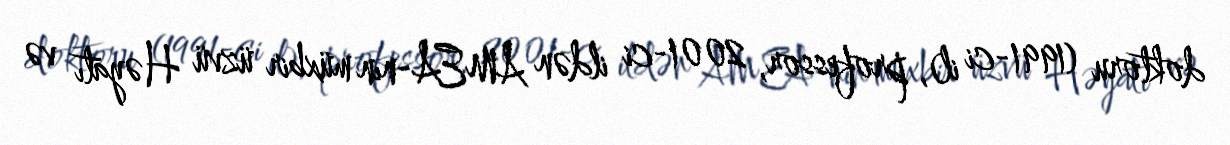
doktoru (1991-ci il), professor, 2001-ci ildən AMEA-nın müxbir üzvü Həyatı və